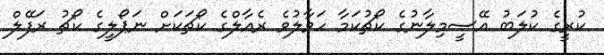
ކުރީގެ ކުލަބު އޭސީމިލާނުގެ ކޯޗުކަމާ ހަވާލުވެ ރެއާލްގެ ކޯޗަކަށް ނަޕޯލީގެ ކޯޗު ރަފޭލް